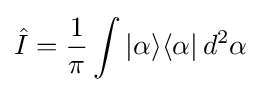
{\hat {I}}={\frac {1}{\pi }}\int |{\alpha }\rangle \langle {\alpha }|\,d^{2}\alpha